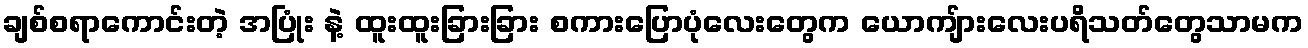
ချစ်စရာကောင်းတဲ့ အပြုံး နဲ့ ထူးထူးခြားခြား စကားပြောပုံလေးတွေက ယောကျ်ားလေးပရိသတ်တွေသာမက